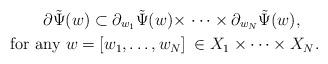
LaTeX: \begin{align*} \partial \tilde{\Psi}(w) \subset \partial_{w_1} \tilde{\Psi}(w) \times &\, \cdots \times \partial_{w_N} \tilde{\Psi}(w), \\ \mbox{ for any $w = [w_1, \dots, w_N]$} &\, \mbox{ $\in X_1 \times \cdots \times X_N $.} \end{align*}